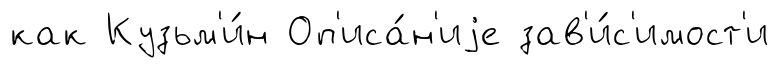
как Кузьм'и́н Оп'иса́н'иjе зав'и́с'имост'и